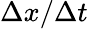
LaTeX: \Delta x/\Delta t